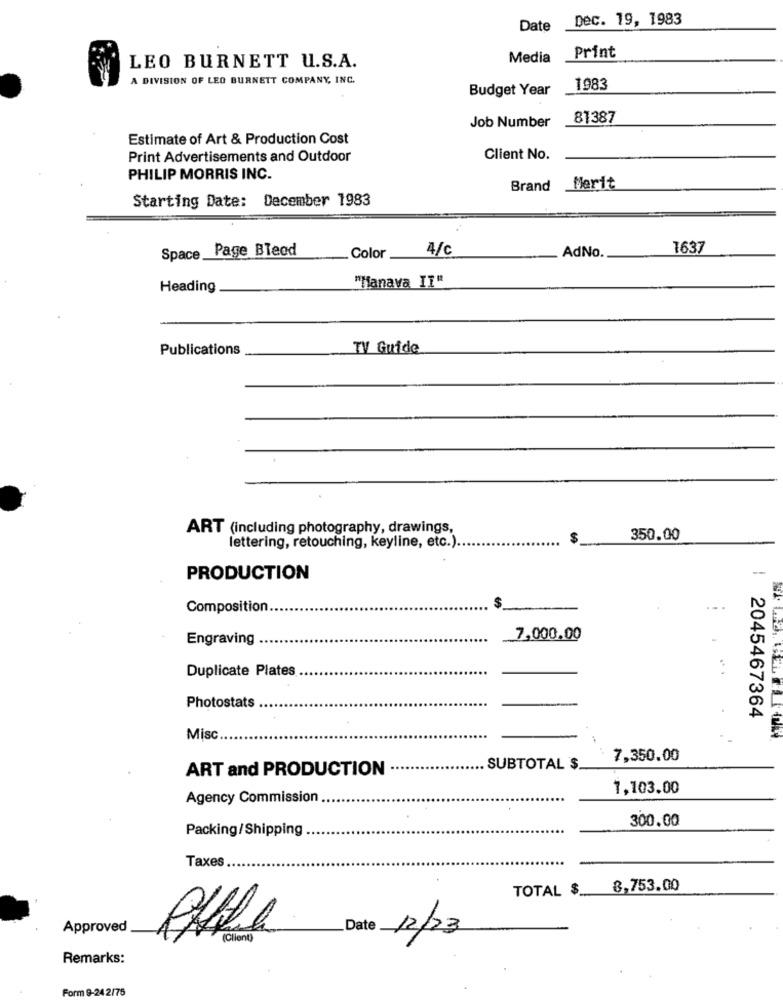
Dec. 19, 1983
Date
Media
print
LEO BURNETT U.S.A.
A DIVISION OF LEO BURNETT COMPANY, INC.
Budget Year
1983
Job Number
81387
Estimate of Art & Production Cost
Print Advertisements and Outdoor
Client No.
PHILIP MORRIS INC.
Brand Merit
Starting Date: December 1983
Page Bleod
4/c
AdNo.
1637
Space __
Color
Heading
"Manava IT"
Publications
TV Guide
ART (including photography, drawings,
$
350.00
lettering, retouching, keyline, etc.) ..
PRODUCTION
Composition.
$
Engraving
7,000.00
Duplicate Plates
Photostats
| 2045467364
Misc
7,350.00
ART and PRODUCTION
SUBTOTAL $
1,103.00
Agency Commission
300.00
Packing/Shipping
Taxes
TOTAL $
8,753.00
Approved
Date 12/23
Cliente
Remarks:
Form 9-24 2/75